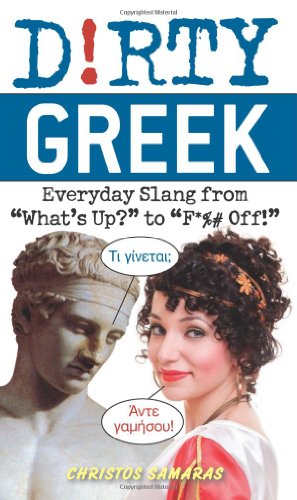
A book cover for Dirty Greek: Everyday Slang from "What's Up?" to "F*%# Off!" (Dirty Everyday Slang); Cristos Samaras; Reference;